Scottish Leaving Certificate Examination, 1960
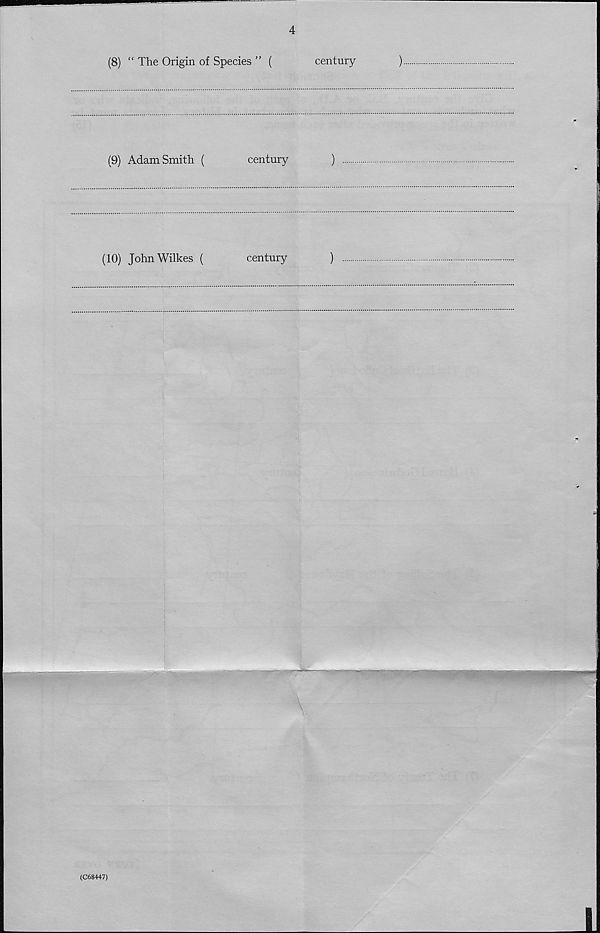
4
(8) “ The Origin of Species ” (
century
)
(9) Adam Smith (
century
)
(10) John Wilkes (
century
)
(C68+47)